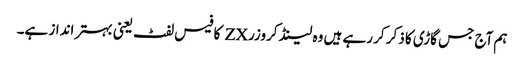
ہم آج جس گاڑی کا ذکر کر رہے ہیں وہ لینڈ کروزر ZX کا فیس لفٹ یعنی بہتر انداز ہے۔